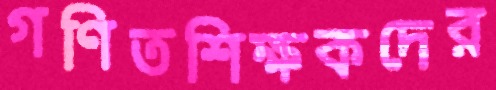
গণিতশিক্ষকদের